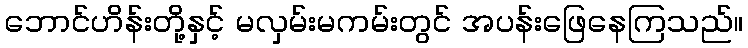
ဘောင်ဟိန်းတို့နှင့် မလှမ်းမကမ်းတွင် အပန်းဖြေနေကြသည်။